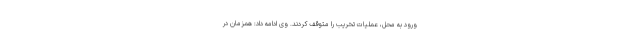
ورود به محل، عملیات تخریب را متوقف کردند. وی ادامه داد: همزمان در